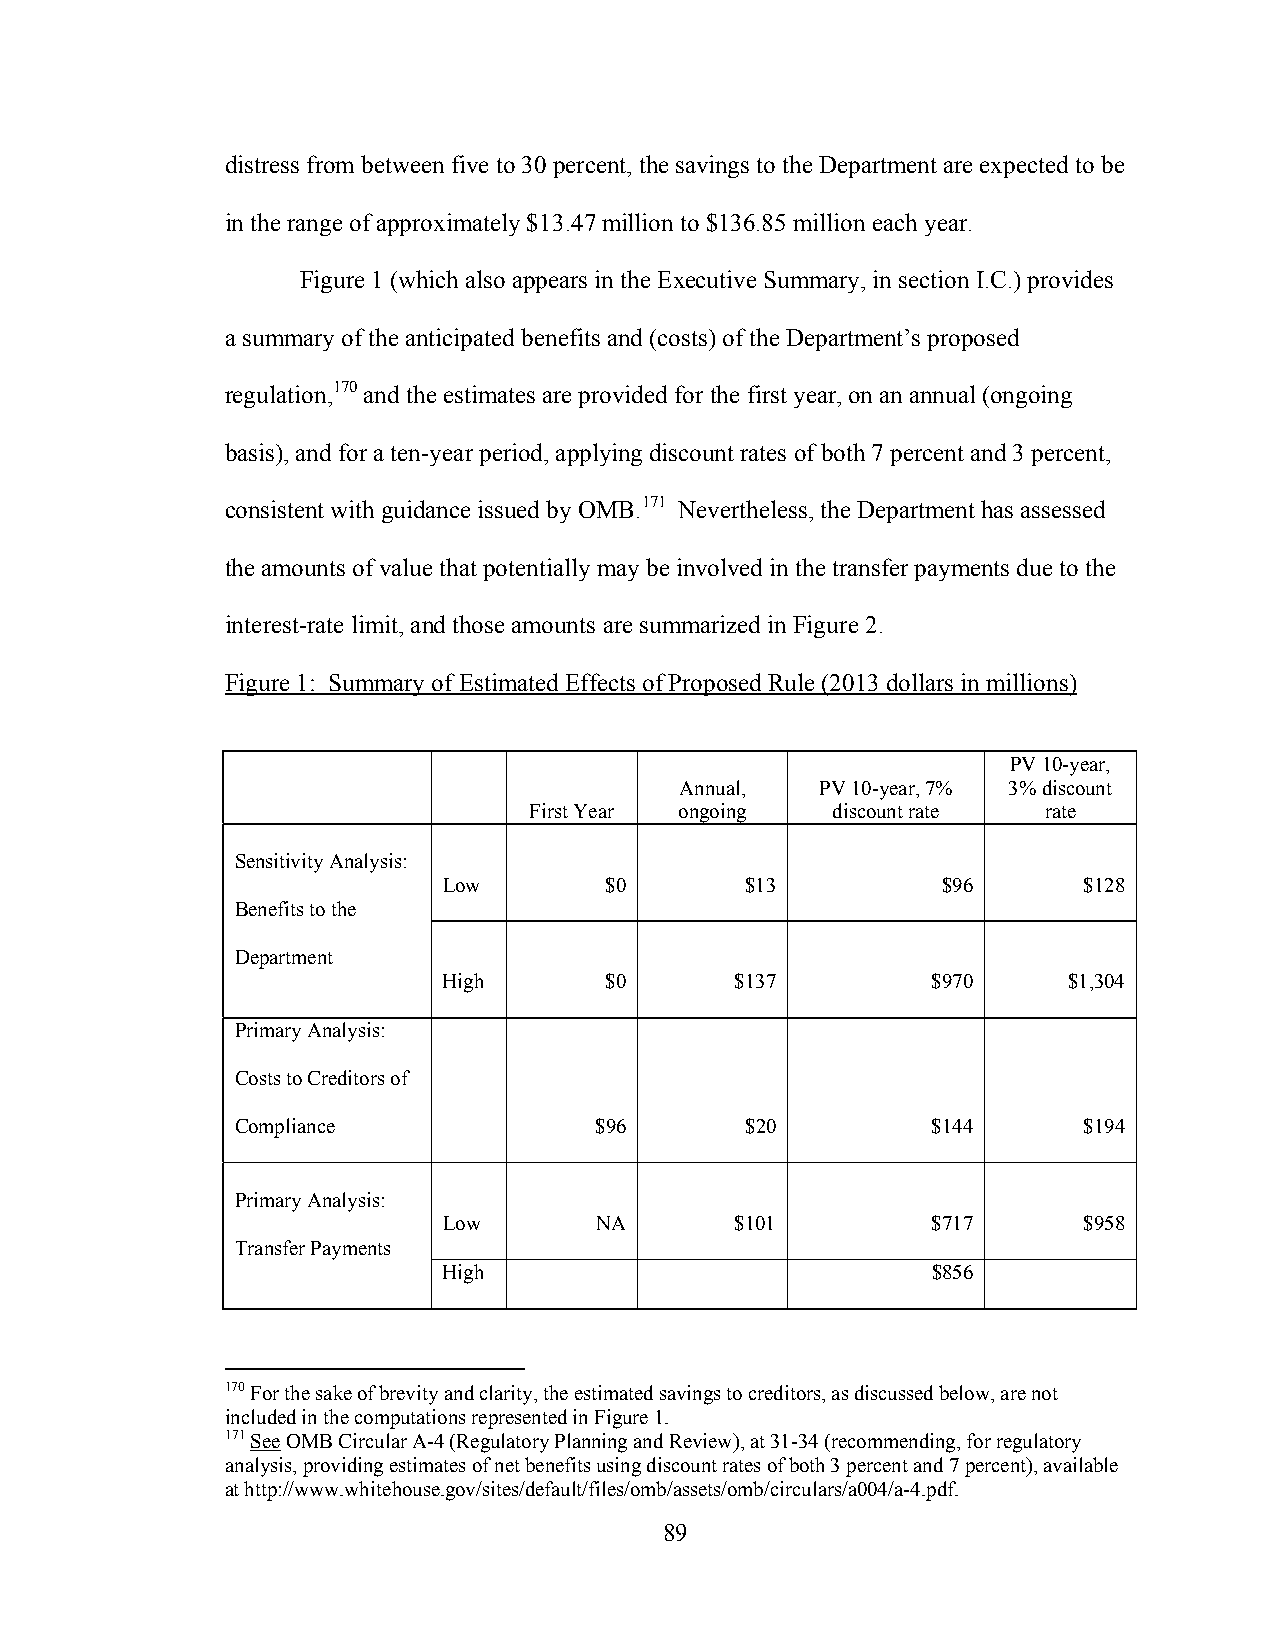
distress from between five to 30 percent, the savings to the Department are expected to be
 in the range of approximately $13.47 million to $136.85 million each year.
 Figure 1 (which also appears in the Executive Summary, in section I.C.) provides
 a summary of the anticipated benefits and (costs) of the Department’s proposed
 regulation,170 and the estimates are provided for the first year, on an annual (ongoing
 basis), and for a ten-year period, applying discount rates of both 7 percent and 3 percent,
 consistent with guidance issued by OMB.171 Nevertheless, the Department has assessed
 the amounts of value that potentially may be involved in the transfer payments due to the
 interest-rate limit, and those amounts are summarized in Figure 2.
 Figure 1: Summary of Estimated Effects of Proposed Rule (2013 dollars in millions)
 PV 10-year,
 Annual,  PV 10-year, 7% 3% discount
 First Year ongoing  discount rate rate
 Sensitivity Analysis:
 Low        $0       $13          $96       $128
 Benefits to the
 Department
 High       $0       $137         $970     $1,304
 Primary Analysis:
 Costs to Creditors of
 Compliance             $96       $20          $144      $194
 Primary Analysis:
 Low       NA        $101         $717      $958
 Transfer Payments
 High                             $856
 170 For the sake of brevity and clarity, the estimated savings to creditors, as discussed below, are not
 included in the computations represented in Figure 1.
 171 See OMB Circular A-4 (Regulatory Planning and Review), at 31-34 (recommending, for regulatory
 analysis, providing estimates of net benefits using discount rates of both 3 percent and 7 percent), available
 at http://www.whitehouse.gov/sites/default/files/omb/assets/omb/circulars/a004/a-4.pdf.
 89